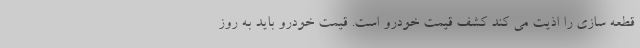
قطعه سازی را اذیت می کند کشف قیمت خودرو است. قیمت خودرو باید به روز